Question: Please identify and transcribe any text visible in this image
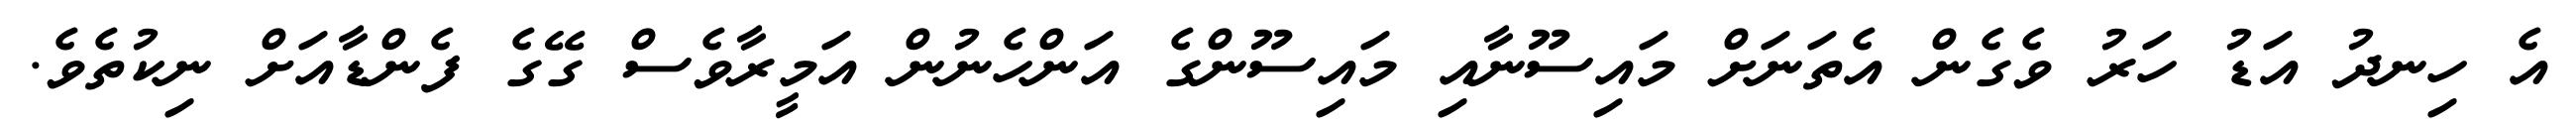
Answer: އެ ހިނދު އަޑު ހަރު ވެގެން އެތަނަށް މައިސޫނާއި މައިސޫންގެ އަންހެނުން އަމީރާވެސް ގޭގެ ފެންޑާއަށް ނިކުތެވެ.